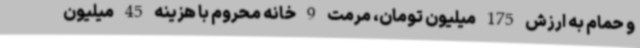
و حمام به ارزش 175 میلیون تومان، مرمت 9 خانه محروم با هزینه 45 میلیون